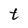
Character: t